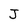
Character: J